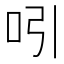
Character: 吲